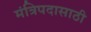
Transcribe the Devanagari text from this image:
मंत्रिपदासाठी